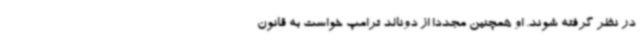
در نظر گرفته شوند. او همچنین مجدداً از دونالد ترامپ خواست به قانون